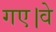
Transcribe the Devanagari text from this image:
गए।वे